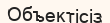
Объектісіз